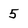
Character: 5